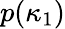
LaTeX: p(\kappa_{1})